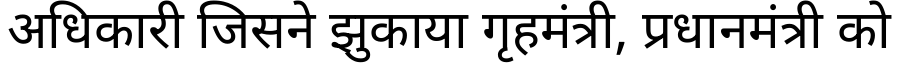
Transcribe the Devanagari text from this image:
अधिकारी जिसने झुकाया गृहमंत्री, प्रधानमंत्री को